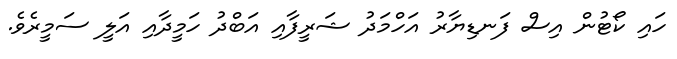
ހައި ކޯޓުން އިސް ފަނޑިޔާރު އަހްމަދު ޝަރީފާއި އަބްދު ހަމީދާއި އަލީ ސަމީރެވެ.